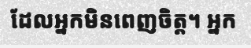
ដែលអ្នកមិនពេញចិត្ត។ អ្នក